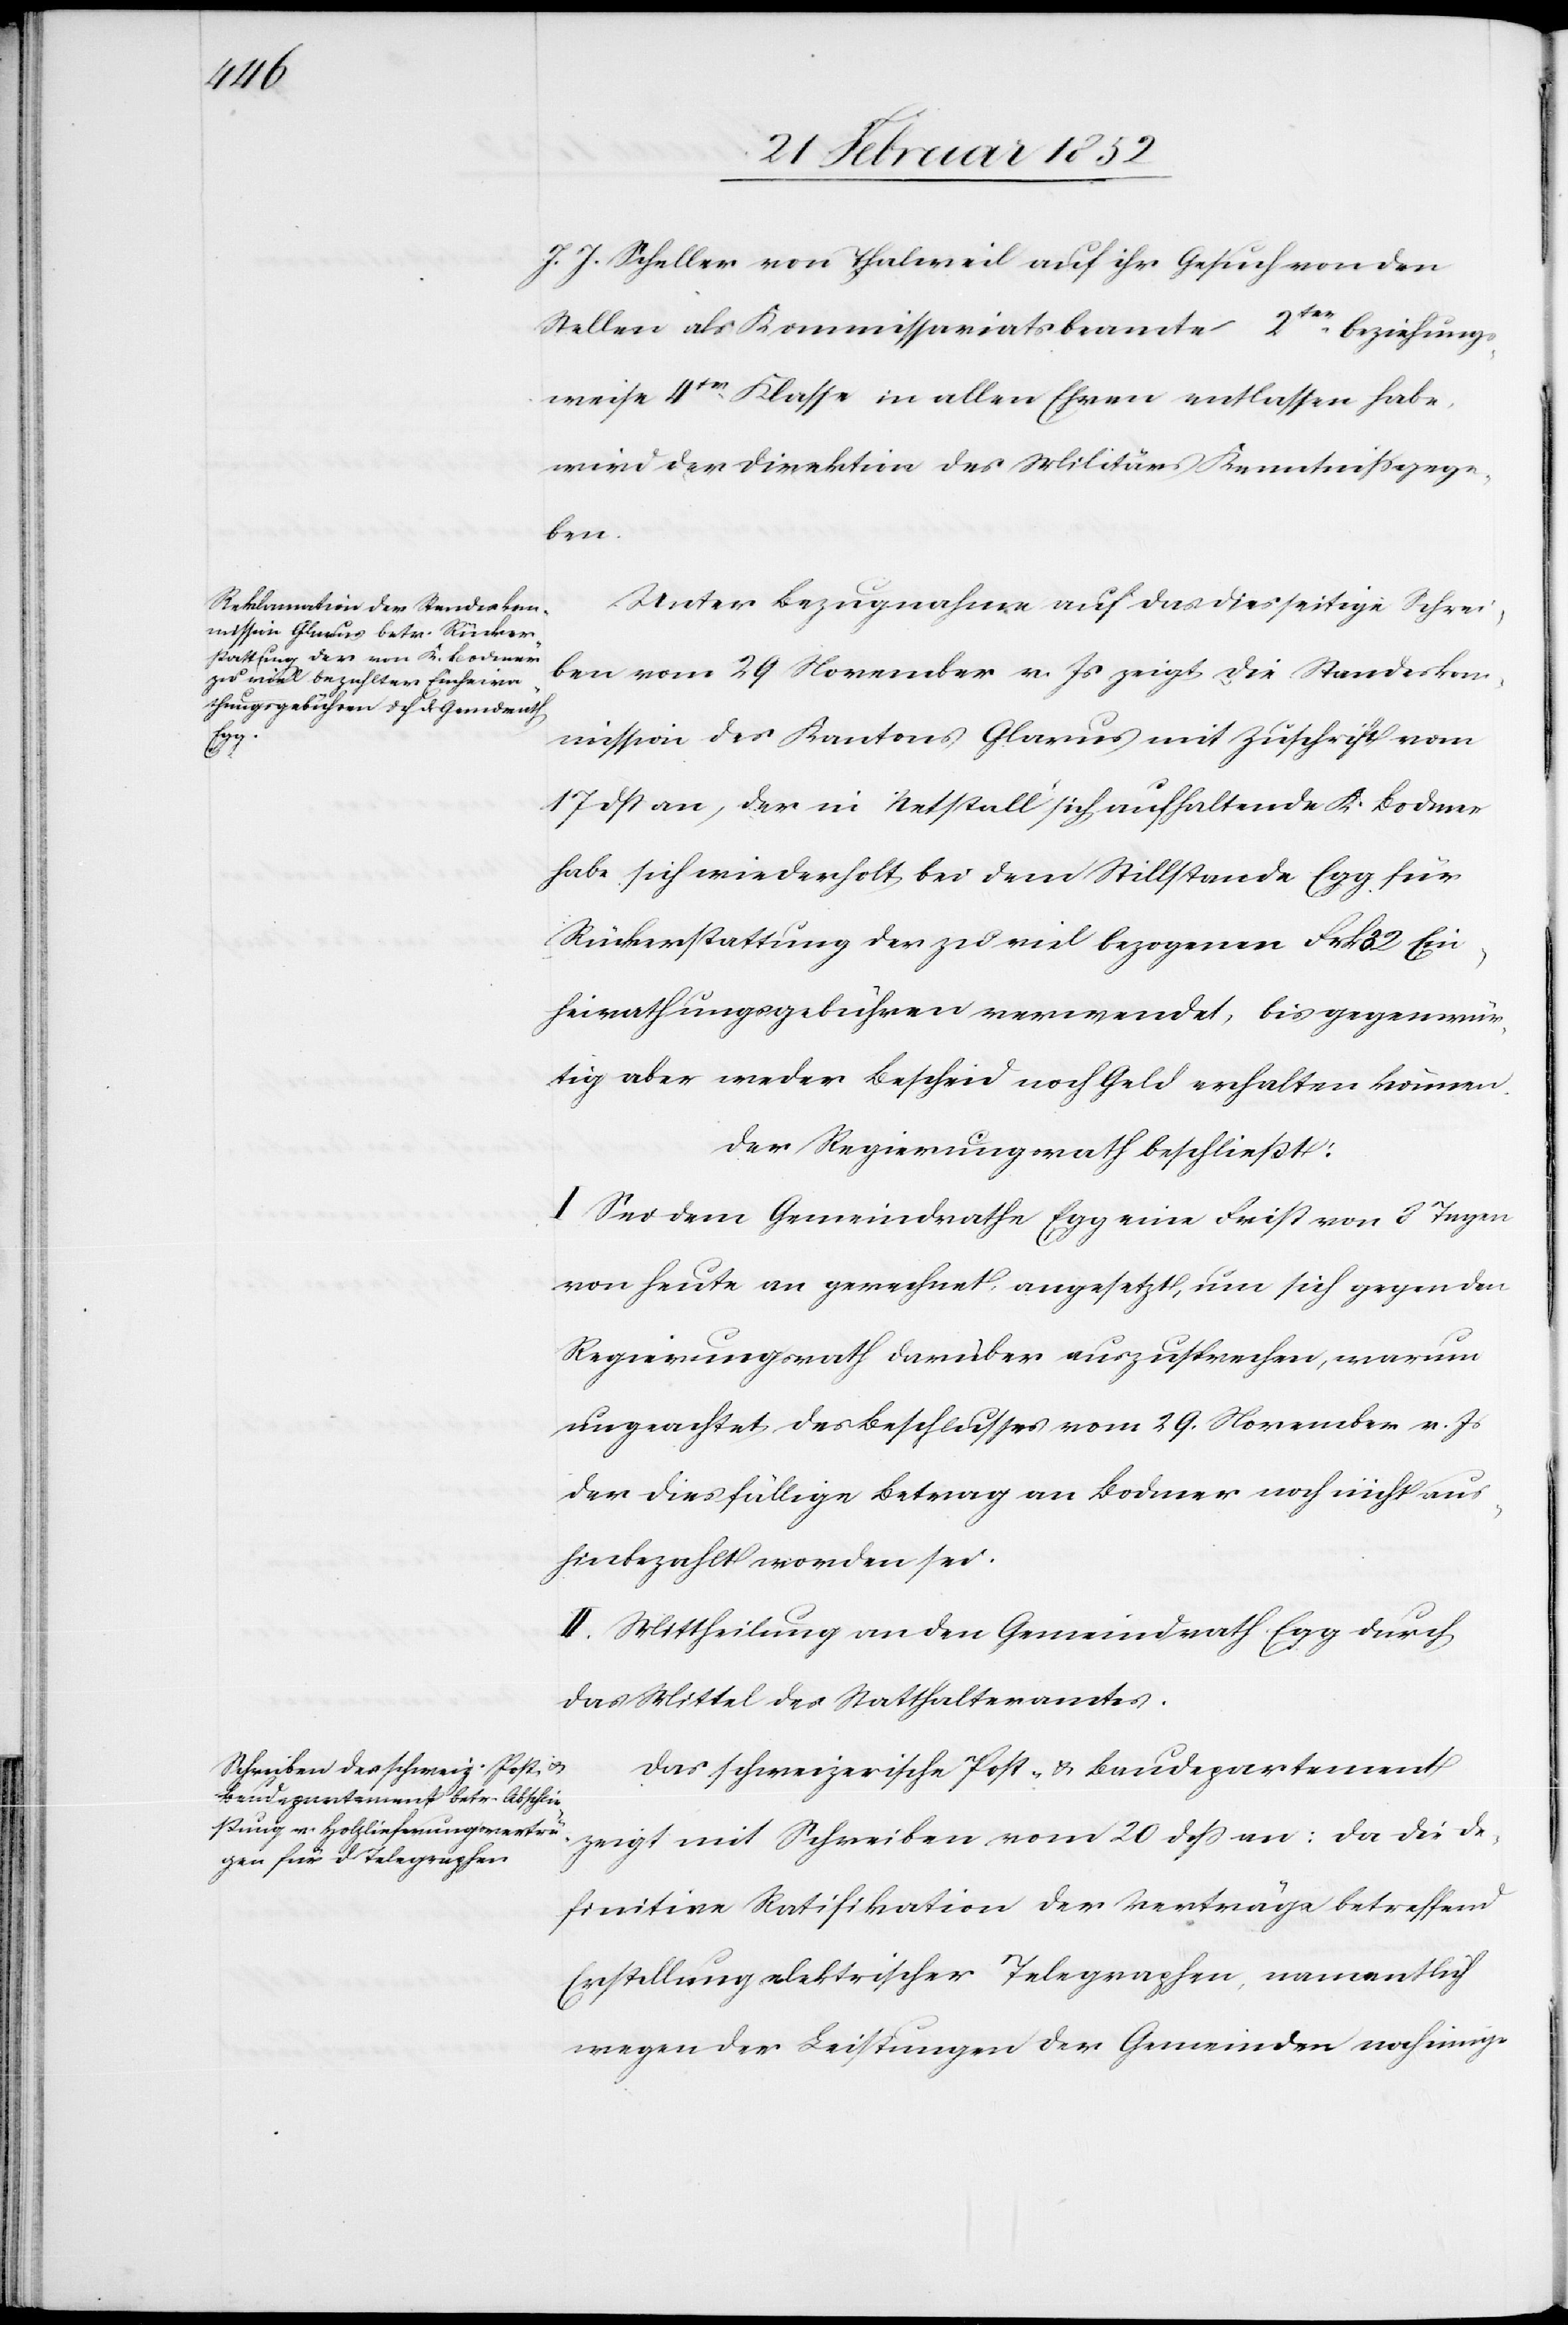
J. J. Scheller von Thalweil auf ihr Gesuch von den
Stellen als Kommissariatsbeamte 2ter beziehungs¬
weise 4ter Klasse in allen Ehren entlassen habe,
wird der Direktion des Militärs Kenntniß gege¬
ben.
Unter Bezugnahme auf das diesseitige Schrei¬
ben vom 29 November v. Js zeigt die Standeskom¬
mission des Kantons Glarus mit Zuschrift vom
17 dß an, der in Netstall sich aufhaltende K. Bodmer
habe sich wiederholt bei dem Stillstande Egg für
Rückerstattung der zu viel bezogenen Frk. 32 Ein¬
heirathungsgebühren verwendet, bis gegenwär¬
tig aber weder Bescheid noch Geld erhalten können.
Der Regierungsrath beschließt:
I. Sei dem Gemeindrathe Egg eine Frist von 3 Tagen
von heute an gerechnet angesetzt, um sich gegen den
Regierungsrath darüber auszusprechen, warum
ungeachtet des Beschlußes vom 29 November v. Js
der dießfällige Betrag an Bodmer noch nicht aus¬
hinbezahlt worden sei.
II. Mittheilung an den Gemeindrath Egg durch
das Mittel des Statthalteramtes.
Das schweizerische Post- u. Baudepartement
zeigt mit Schreiben vom 20 dß an: da die de¬
finitive Ratifikation der Verträge betreffend
Erstellung elektrischer Telegraphen, namentlich
wegen der Leistungen der Gemeinden noch einige